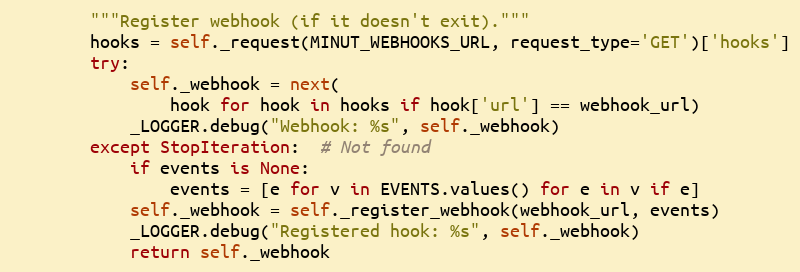
Language: Python
        """Register webhook (if it doesn't exit)."""
        hooks = self._request(MINUT_WEBHOOKS_URL, request_type='GET')['hooks']
        try:
            self._webhook = next(
                hook for hook in hooks if hook['url'] == webhook_url)
            _LOGGER.debug("Webhook: %s", self._webhook)
        except StopIteration:  # Not found
            if events is None:
                events = [e for v in EVENTS.values() for e in v if e]
            self._webhook = self._register_webhook(webhook_url, events)
            _LOGGER.debug("Registered hook: %s", self._webhook)
            return self._webhook